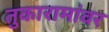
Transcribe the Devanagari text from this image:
तुकारामांवर